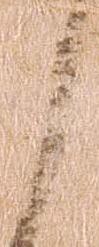
く